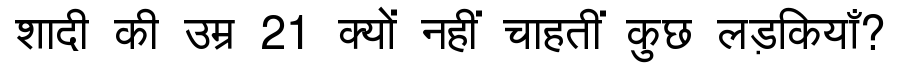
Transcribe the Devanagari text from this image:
शादी की उम्र 21 क्यों नहीं चाहतीं कुछ लड़कियाँ?